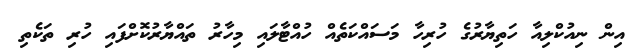
އިން ނިއުކްލިއާ ހަތިޔާރުގެ ހުރިހާ މަސައްކަތެއް ހުއްޓާލައި މިހާރު ތައްޔާރުކޮށްފައި ހުރި ތަކެތި